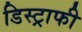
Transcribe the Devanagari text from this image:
डिस्ट्राफी